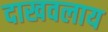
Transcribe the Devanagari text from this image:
दाखवलाय